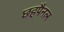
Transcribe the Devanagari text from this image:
छहपैनल